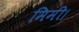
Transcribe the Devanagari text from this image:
मिमी।